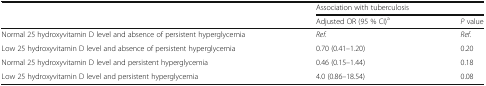
<table><thead><tr><td></td><td colspan="2"><b>Association with tuberculosis</b></td></tr><tr><td></td><td><b>Adjusted OR (95 % CI)<sup>a</sup></b></td><td><b><i>P</i> value</b></td></tr></thead><tbody><tr><td>Normal 25 hydroxyvitamin D level and absence of persistent hyperglycemia</td><td><i>Ref.</i></td><td><i>Ref.</i></td></tr><tr><td>Low 25 hydroxyvitamin D level and absence of persistent hyperglycemia</td><td>0.70 (0.41–1.20)</td><td>0.20</td></tr><tr><td>Normal 25 hydroxyvitamin D level and persistent hyperglycemia</td><td>0.46 (0.15–1.44)</td><td>0.18</td></tr><tr><td>Low 25 hydroxyvitamin D level and persistent hyperglycemia</td><td>4.0 (0.86–18.54)</td><td>0.08</td></tr></tbody></table>